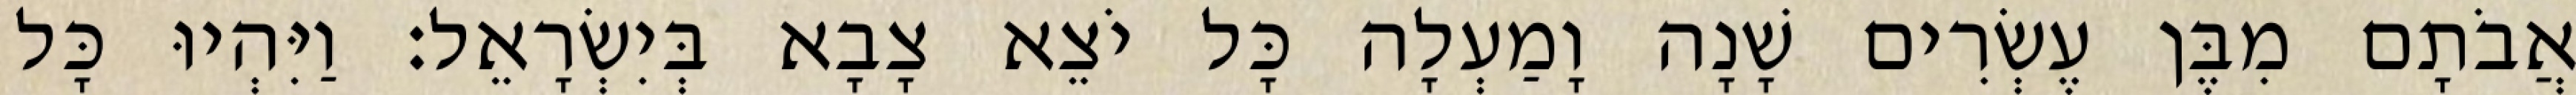
אֲבֹתָם מִבֶּן עֶשְׂרִים שָׁנָה וָמַעְלָה כָּל יֹצֵא צָבָא בְּיִשְׂרָאֵל׃ וַיִּהְיוּ כָּל